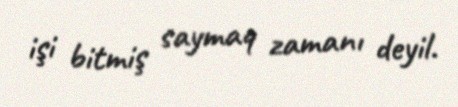
işi bitmiş saymaq zamanı deyil.